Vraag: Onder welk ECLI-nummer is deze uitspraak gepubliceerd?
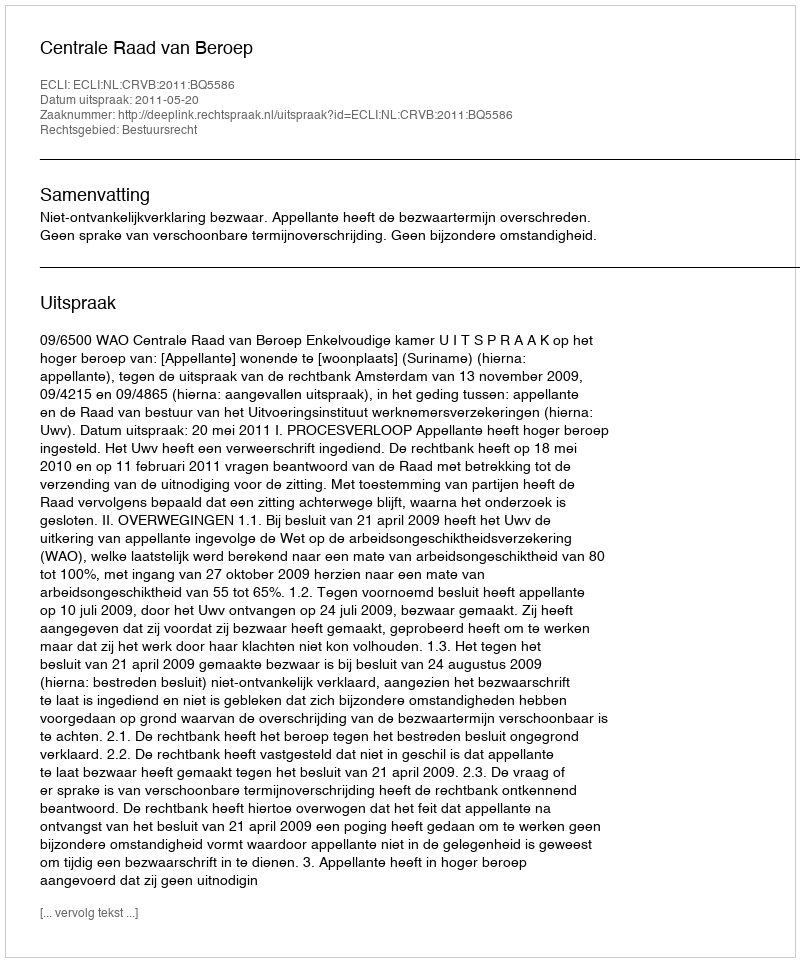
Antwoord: ECLI:NL:CRVB:2011:BQ5586